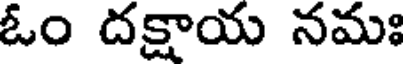
ఓం దక్షాయ నమః